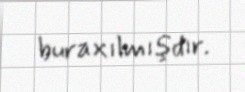
buraxılmışdır.